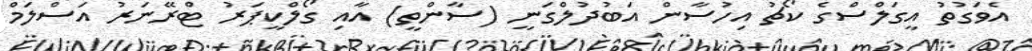
އެވަގުތު އީގަލްސްގެ ކޯޗު އިހުސާން އަބުދުލްގަނީ (ސާންތީ) އާއި ގޯލްކީޕަރު ޓްރޭނަރު އަސްލަމް